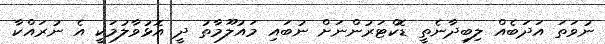
ނުވަތަ އަދަބެއް ލިބިދާނެތީ ޑޮކްޓަރުންނަށް ނުބައި މައުލޫމާތު ދީ އޮޅުވާލުމަކީ އެ ނުރައްކާ